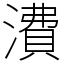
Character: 㵒